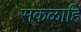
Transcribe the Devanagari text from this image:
सकळाहि